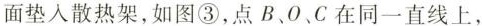
面垫入散热架，如图③，点B、O、C在同一直线上，